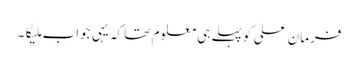
فرمان علی کو پہلے ہی معلوم تھا کہ یہی جواب ملیگا۔